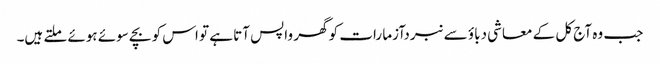
جب وہ آج کل کے معاشی دباؤ سے نبردآزما رات کو گھر واپس آتا ہے تو اس کو بچے سوئے ہوئے ملتے ہیں۔